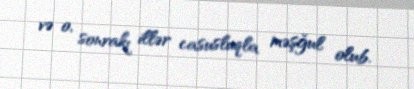
və o, sonrakı illər casusluqla məşğul olub.